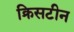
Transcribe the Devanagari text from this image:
क्रिसटीन